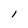
Character: l